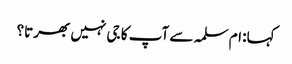
کہا: ام سلمہ سے آپ کا جی نہیں بھرتا؟